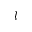
l